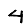
Digit: 4